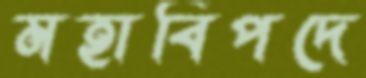
মহাবিপদে